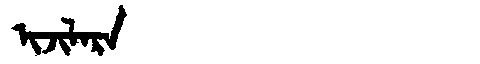
Manchu: ᡳᠵᡳᠯᠠᡵᠠ
Romanization: IJILARA